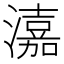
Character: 𤀺